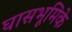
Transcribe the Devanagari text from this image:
घासभूमिके